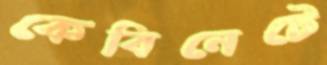
কেবিনেটে